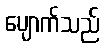
ပျောက်သည်